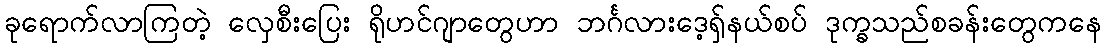
ခုရောက်လာကြတဲ့ လှေစီးပြေး ရိုဟင်ဂျာတွေဟာ ဘင်္ဂလားဒေ့ရှ်နယ်စပ် ဒုက္ခသည်စခန်းတွေကနေ